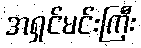
အရှင်မင်းကြီး